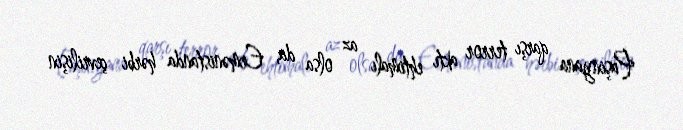
Paşinyana qarşı terror aktı ehtimalı az olsa da, Ermənistanda hərbi çevrilişin